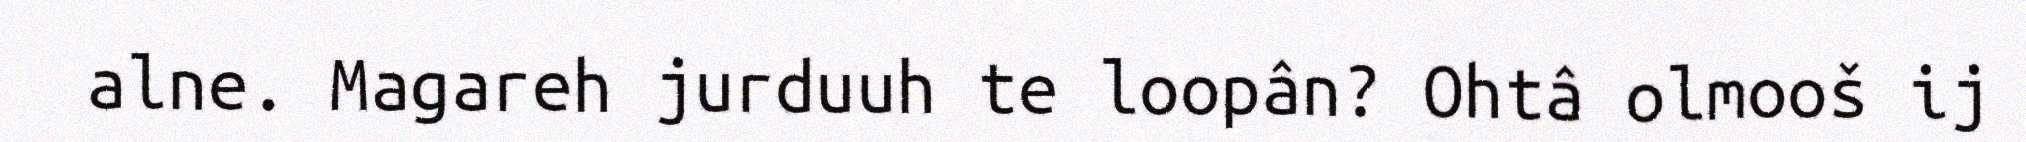
alne. Magareh jurduuh te loopân? Ohtâ olmooš ij